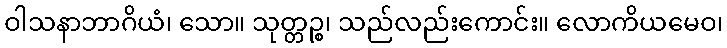
ဝါသနာဘာဂိယံ၊ သော။ သုတ္တဉ္စ၊ သည်လည်းကောင်း။ လောကိယမေဝ၊